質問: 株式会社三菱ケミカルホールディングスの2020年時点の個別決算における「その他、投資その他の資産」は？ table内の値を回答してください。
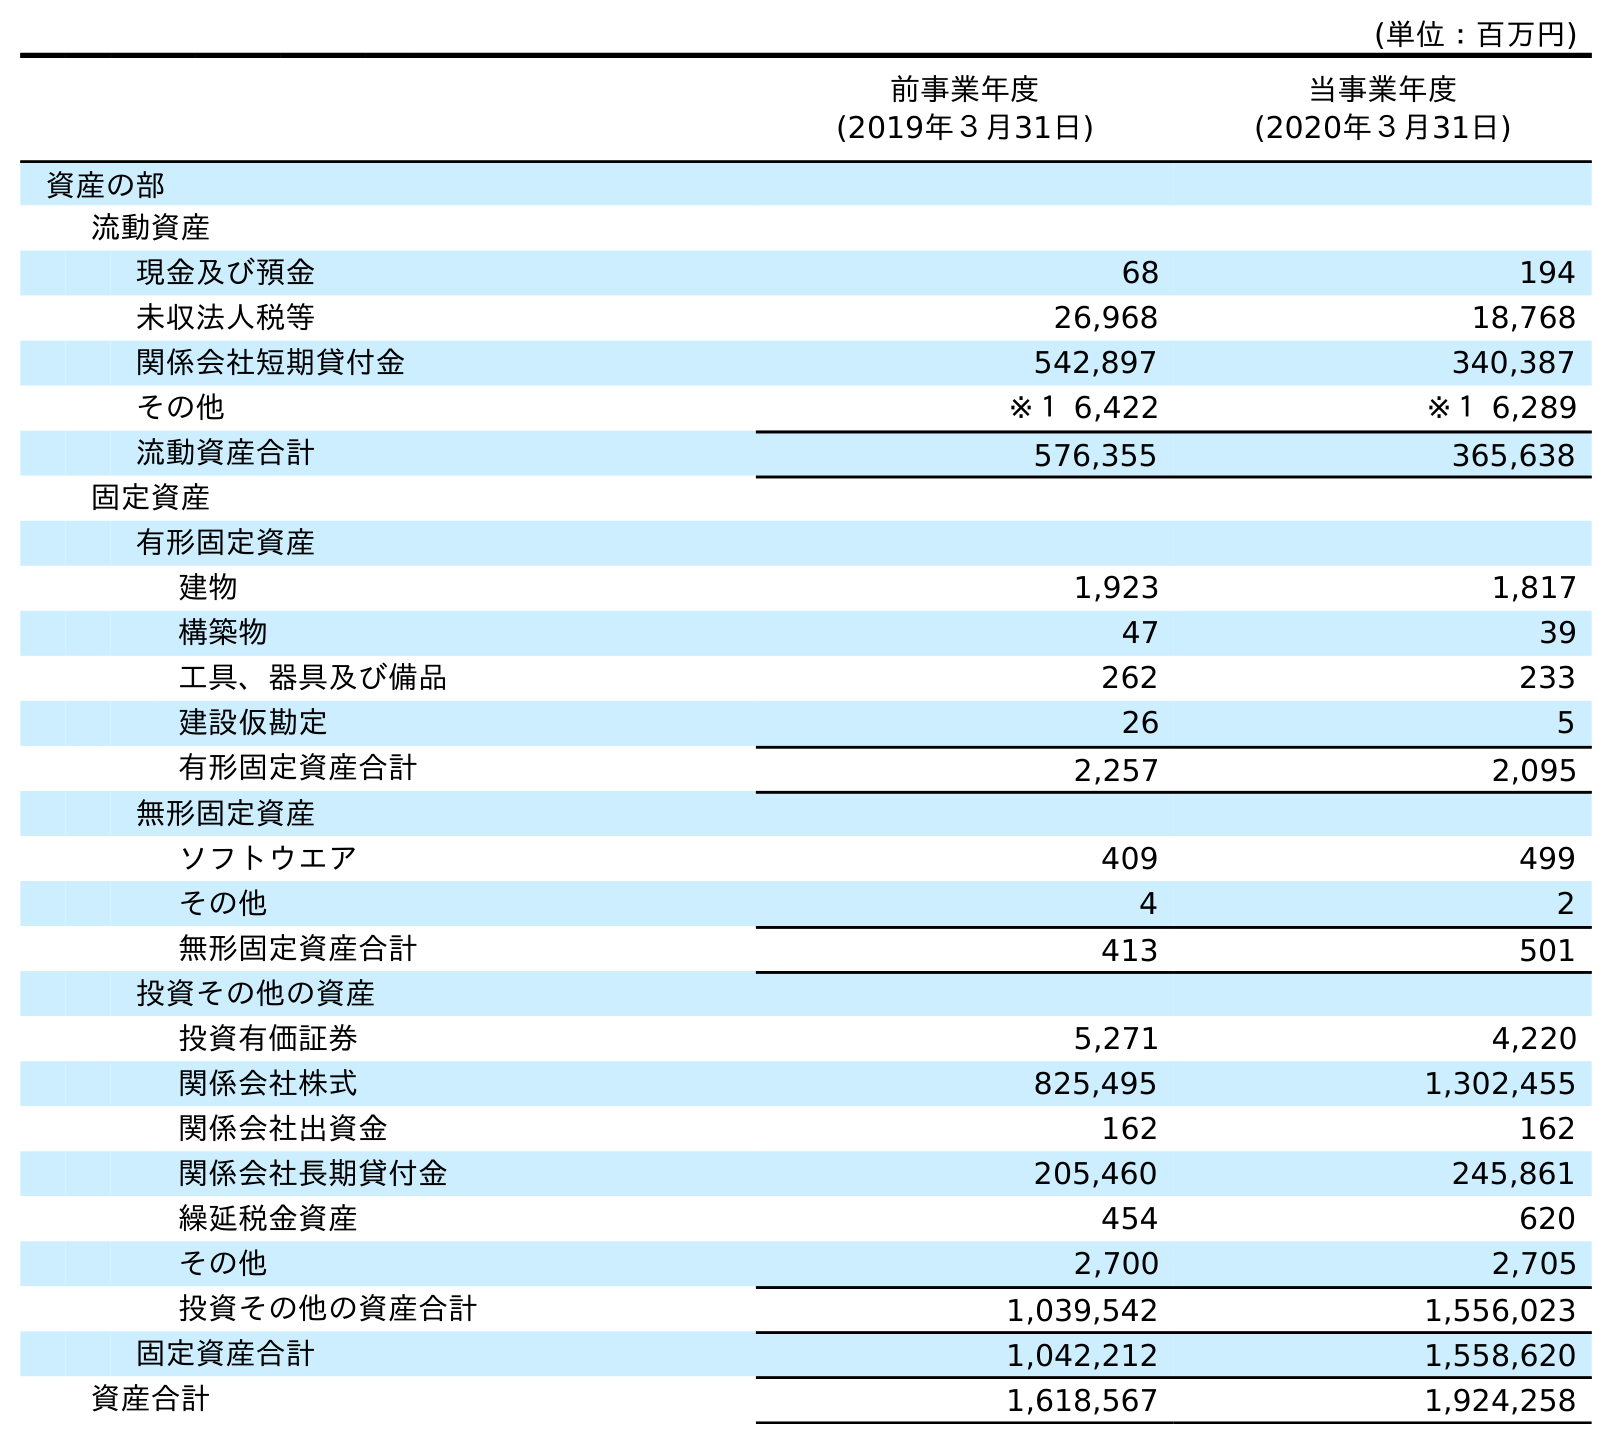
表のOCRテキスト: (単位：百万円) 前事業年度 (2019年３月31日) 当事業年度 (2020年３月31日) 資産の部 流動資産 現金及び預金 68 194 未収法人税等 26,968 18,768 関係会社短期貸付金 542,897 340,387 その他 ※１ 6,422 ※１ 6,289 流動資産合計 576,355 365,638 固定資産 有形固定資産 建物 1,923 1,817 構築物 47 39 工具、器具及び備品 262 233 建設仮勘定 26 5 有形固定資産合計 2,257 2,095 無形固定資産 ソフトウエア 409 499 その他 4 2 無形固定資産合計 413 501 投資その他の資産 投資有価証券 5,271 4,220 関係会社株式 825,495 1,302,455 関係会社出資金 162 162 関係会社長期貸付金 205,460 245,861 繰延税金資産 454 620 その他 2,700 2,705 投資その他の資産合計 1,039,542 1,556,023 固定資産合計 1,042,212 1,558,620 資産合計 1,618,567 1,924,258
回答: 2,705